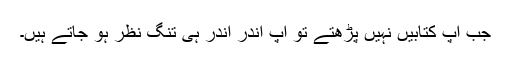
جب آپ کتابیں نہیں پڑھتے تو آپ اندر اندر ہی تنگ نظر ہو جاتے ہیں۔